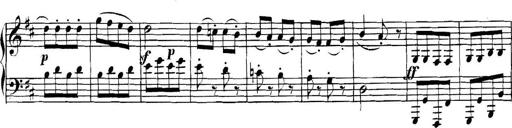
Title: Collected Piano Sonatas
Composer: Muzio Clementi